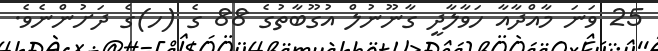
25 ވަނަ މާއްދާއާ ހަވާލާދީ ގާނޫނުލް އުގޫބާތުގެ 88 ގެ (ހ)ގެ ދަށުންނެވެ.